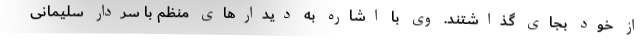
از خود بجای گذاشتند. وی با اشاره به دیدارهای منظم با سردار سلیمانی